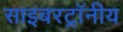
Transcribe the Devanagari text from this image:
साइबरट्राॅनीय